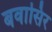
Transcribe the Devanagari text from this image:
बवासिर